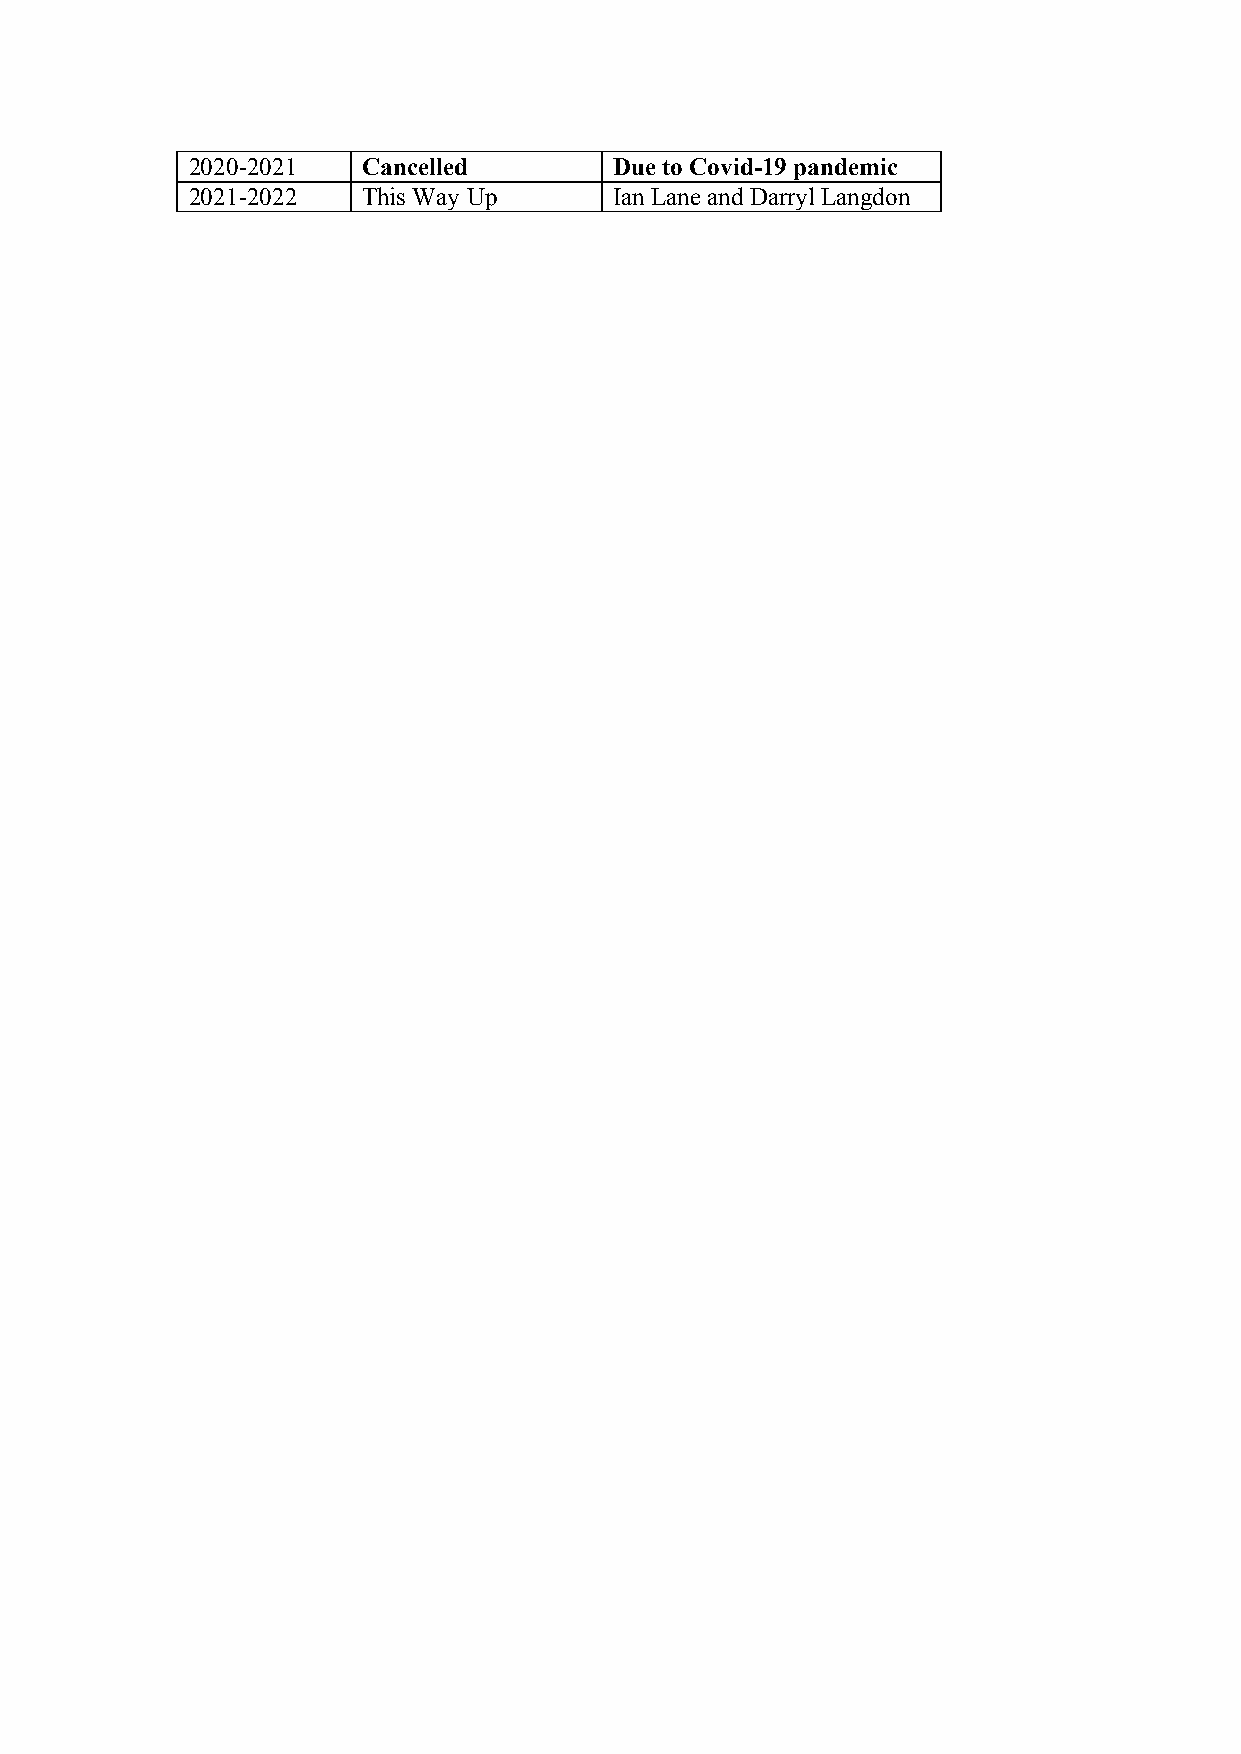
2020-2021   Cancelled        Due to Covid-19 pandemic
 2021-2022   This Way Up      Ian Lane and Darryl Langdon